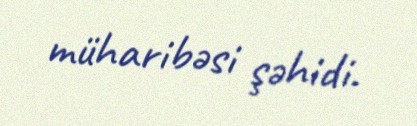
müharibəsi şəhidi.